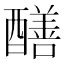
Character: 𨣁